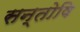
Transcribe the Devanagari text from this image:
सन्तोषि